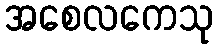
အစေလကေသု